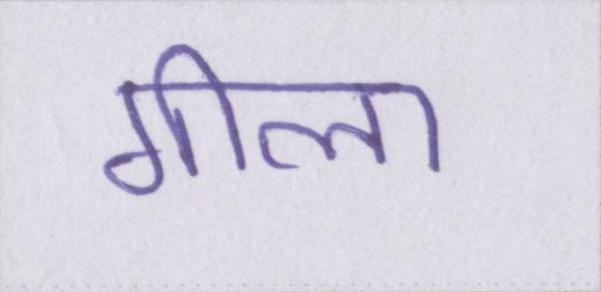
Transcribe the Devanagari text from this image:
गीला